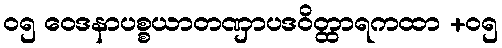
၀၅ ဝေဒနာပစ္စယာတဏှာပဒဝိတ္ထာရကထာ +၀၅